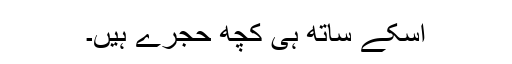
اسکے ساتھ ہی کچھ حجرے ہیں۔